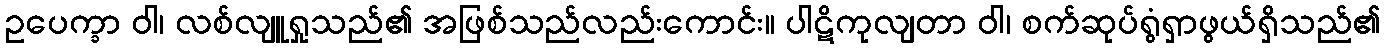
ဥပေက္ခာ ဝါ၊ လစ်လျူရှုသည်၏ အဖြစ်သည်လည်းကောင်း။ ပါဋိကုလျတာ ဝါ၊ စက်ဆုပ်ရွံရှာဖွယ်ရှိသည်၏